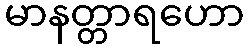
မာနတ္တာရဟော